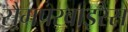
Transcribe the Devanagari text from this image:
सैमपरवाइरैंस